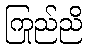
ကြည်ညို